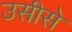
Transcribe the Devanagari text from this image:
उसीसे